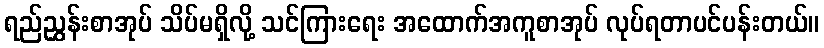
ရည်ညွှန်းစာအုပ် သိပ်မရှိလို့ သင်ကြားရေး အထောက်အကူစာအုပ် လုပ်ရတာပင်ပန်းတယ်။